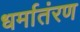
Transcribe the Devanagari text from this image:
धर्मातंरण